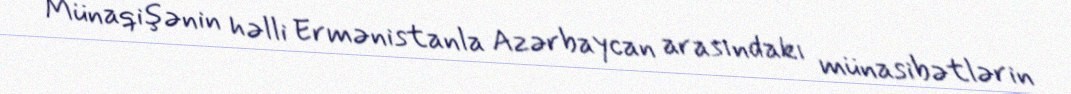
Münaqişənin həlli Ermənistanla Azərbaycan arasındakı münasibətlərin